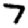
Digit: 7